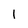
Character: 1